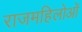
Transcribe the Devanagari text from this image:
राजमहिलोओं